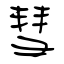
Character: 彗